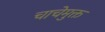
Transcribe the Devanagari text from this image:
चाचेमुक्त